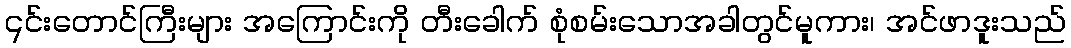
၎င်းတောင်ကြီးများ အကြောင်းကို တီးခေါက် စုံစမ်းသောအခါတွင်မူကား၊ အင်ဖာဒူးသည်